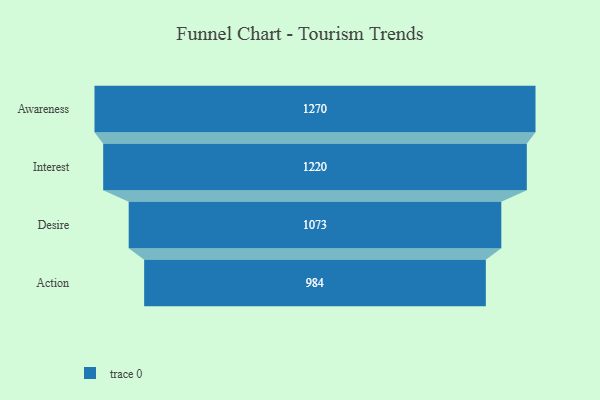
{"axis": {"x": "Stage", "y": "Value"}, "legend": [""], "data": [{"x": "Awareness", "y": 1270.0, "type": ""}, {"x": "Interest", "y": 1220.0, "type": ""}, {"x": "Desire", "y": 1073.0, "type": ""}, {"x": "Action", "y": 984.0, "type": ""}]}